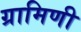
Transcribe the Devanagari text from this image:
ग्रामिणी